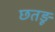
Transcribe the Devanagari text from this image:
छतड़ू